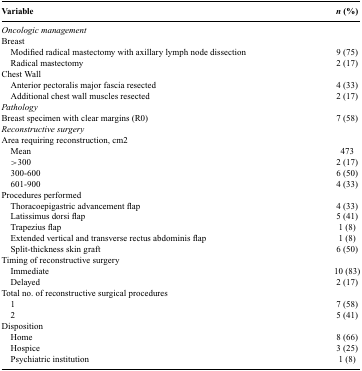
| Variable | n (%) |
 | --- | --- |
 | <COLSPAN=2> Oncologic management |
 | Breast |  |
 | Modified radical mastectomy with axillary lymph node dissection | 9 (75) |
 | Radical mastectomy | 2 (17) |
 | Chest Wall |  |
 | Anterior pectoralis major fascia resected | 4 (33) |
 | Additional chest wall muscles resected | 2 (17) |
 | <COLSPAN=2> Pathology |
 | Breast specimen with clear margins (R0) | 7 (58) |
 | <COLSPAN=2> Reconstructive surgery |
 | <COLSPAN=2> Area requiring reconstruction, cm2 |
 | Mean | 473 |
 | >300 | 2 (17) |
 | 300-600 | 6 (50) |
 | 601-900 | 4 (33) |
 | <COLSPAN=2> Procedures performed |
 | Thoracoepigastric advancement flap | 4 (33) |
 | Latissimus dorsi flap | 5 (41) |
 | Trapezius flap | 1 (8) |
 | Extended vertical and transverse rectus abdominis flap | 1 (8) |
 | Split-thickness skin graft | 6 (50) |
 | <COLSPAN=2> Timing of reconstructive surgery |
 | Immediate | 10 (83) |
 | Delayed | 2 (17) |
 | <COLSPAN=2> Total no. of reconstructive surgical procedures |
 | 1 | 7 (58) |
 | 2 | 5 (41) |
 | <COLSPAN=2> Disposition |
 | Home | 8 (66) |
 | Hospice | 3 (25) |
 | Psychiatric institution | 1 (8) |